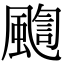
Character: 𩘇